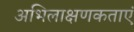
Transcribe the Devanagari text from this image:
अभिलाक्षणकताएं